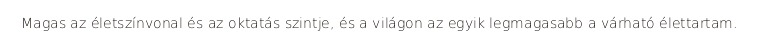
Magas az életszínvonal és az oktatás szintje, és a világon az egyik legmagasabb a várható élettartam.